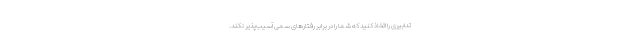
تدابیری را اتخاذ کنید که شما را در برابر رفتارهای سمی آسیب‌پذیر نکند.